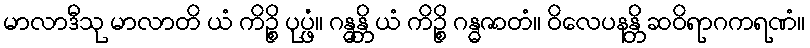
မာလာဒီသု မာလာတိ ယံ ကိဉ္စိ ပုပ္ဖံ။ ဂန္ဓန္တိ ယံ ကိဉ္စိ ဂန္ဓဇာတံ။ ဝိလေပနန္တိ ဆဝိရာဂကရဏံ။